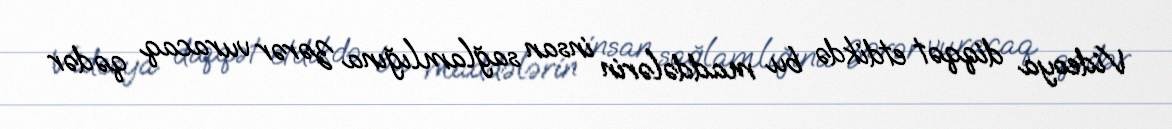
Videoya diqqət etdikdə bu maddələrin insan sağlamlığına zərər vuracaq qədər